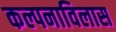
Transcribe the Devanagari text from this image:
कल्पनाविलास